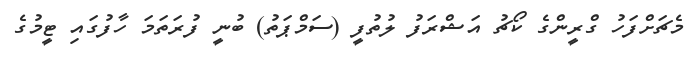
މެޗަށްފަހު ގްރީންގެ ކޯޗު އަޝްރަފު ލުތުފީ (ސަމްޕަތު) ބުނީ ފުރަތަމަ ހާފުގައި ޓީމުގެ